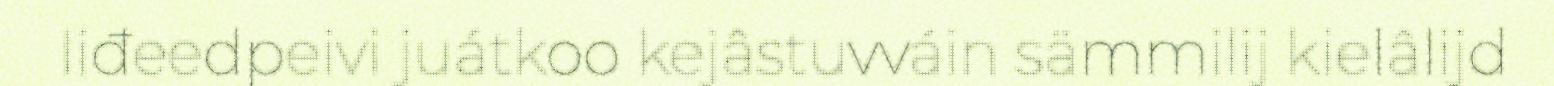
Iiđeedpeivi juátkoo kejâstuvváin sämmilij kielâlijd